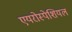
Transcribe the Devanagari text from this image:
एयरोस्पेशियल